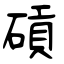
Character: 碽